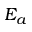
E _ { a }